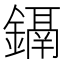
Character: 𨭀